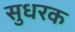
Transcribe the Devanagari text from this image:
सुधरक